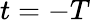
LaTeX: t=-T